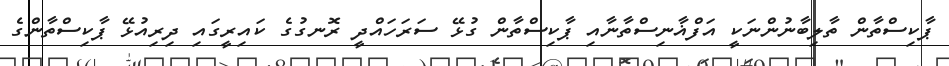
ޕާކިސްތާން ތާލިބާނުންނަކީ އަފްޣާނިސްތާނާއި ޕާކިސްތާން ގުޅޭ ސަރަހައްދީ ރޮނގުގެ ކައިރީގައި ދިރިއުޅޭ ޕާކިސްތާންގެ